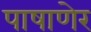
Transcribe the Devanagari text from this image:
पाषाणेर